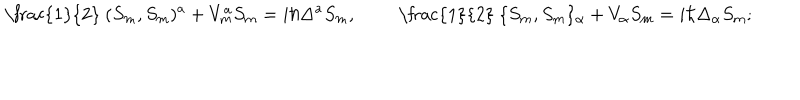
\mathrm { ~ \frac { 1 } { 2 } ~ } ( S _ { m } , S _ { m } ) ^ { a } + V _ { m } ^ { a } S _ { m } = i \hbar \Delta ^ { a } S _ { m } , \qquad \mathrm { ~ \frac { 1 } { 2 } ~ } \{ S _ { m } , S _ { m } \} _ { \alpha } + V _ { \alpha } S _ { m } = i \hbar \Delta _ { \alpha } S _ { m } ;